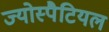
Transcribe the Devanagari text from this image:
ज्योस्पैटियल